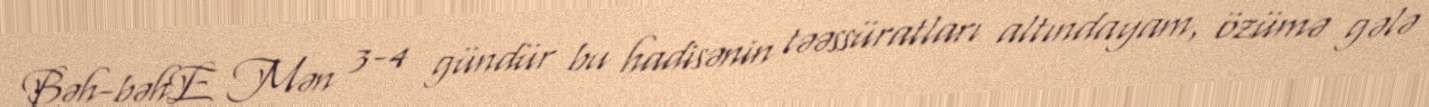
Bəh-bəhE Mən 3-4 gündür bu hadisənin təəssüratları altındayam, özümə gələ